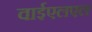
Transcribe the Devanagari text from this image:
वाईएलएल